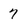
Character: 7